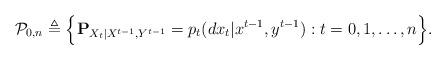
LaTeX: \begin{align*}{\cal P}_{0,n}\triangleq\Big\{{\bf P}_{X_t|X^{t-1}, Y^{t-1}}= p_t(dx_t|x^{t-1},y^{t-1}) : t=0,1, \ldots, n \Big\}. \end{align*}